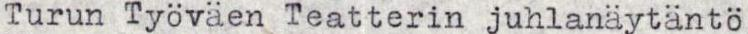
Turun Työväen Teatterin juhlanäytäntö